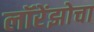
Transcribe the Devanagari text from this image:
लॉरेंझोचा